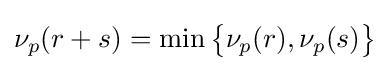
\nu _{p}(r+s)=\min {\bigl \{}\nu _{p}(r),\nu _{p}(s){\bigr \}}